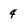
Character: 4